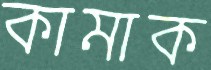
কামাক